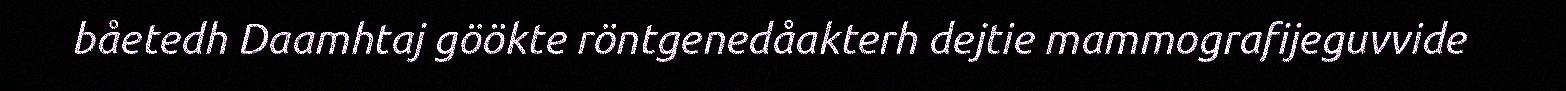
båetedh Daamhtaj göökte röntgenedåakterh dejtie mammografijeguvvide